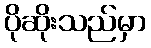
ပိုဆိုးသည်မှာ